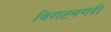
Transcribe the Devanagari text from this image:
विराटनगरी